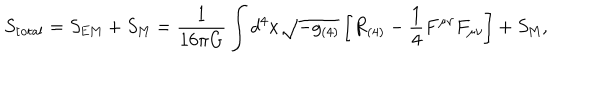
S _ { \mathrm { t o t a l } } = S _ { \mathrm { E M } } + S _ { \mathrm { M } } = \frac { 1 } { 1 6 \pi G } \int d ^ { 4 } x \sqrt { - g _ { ( 4 ) } } \left[ R _ { ( 4 ) } - \frac { 1 } { 4 } F ^ { \mu \nu } F _ { \mu \nu } \right] + S _ { \mathrm { M } } ,